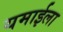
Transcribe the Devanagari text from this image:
यमाईला